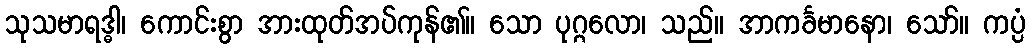
သုသမာရဒ္ဓါ၊ ကောင်းစွာ အားထုတ်အပ်ကုန်၏။ သော ပုဂ္ဂလော၊ သည်။ အာကင်္ခမာနော၊ သော်။ ကပ္ပံ